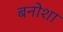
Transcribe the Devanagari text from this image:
बनोशा